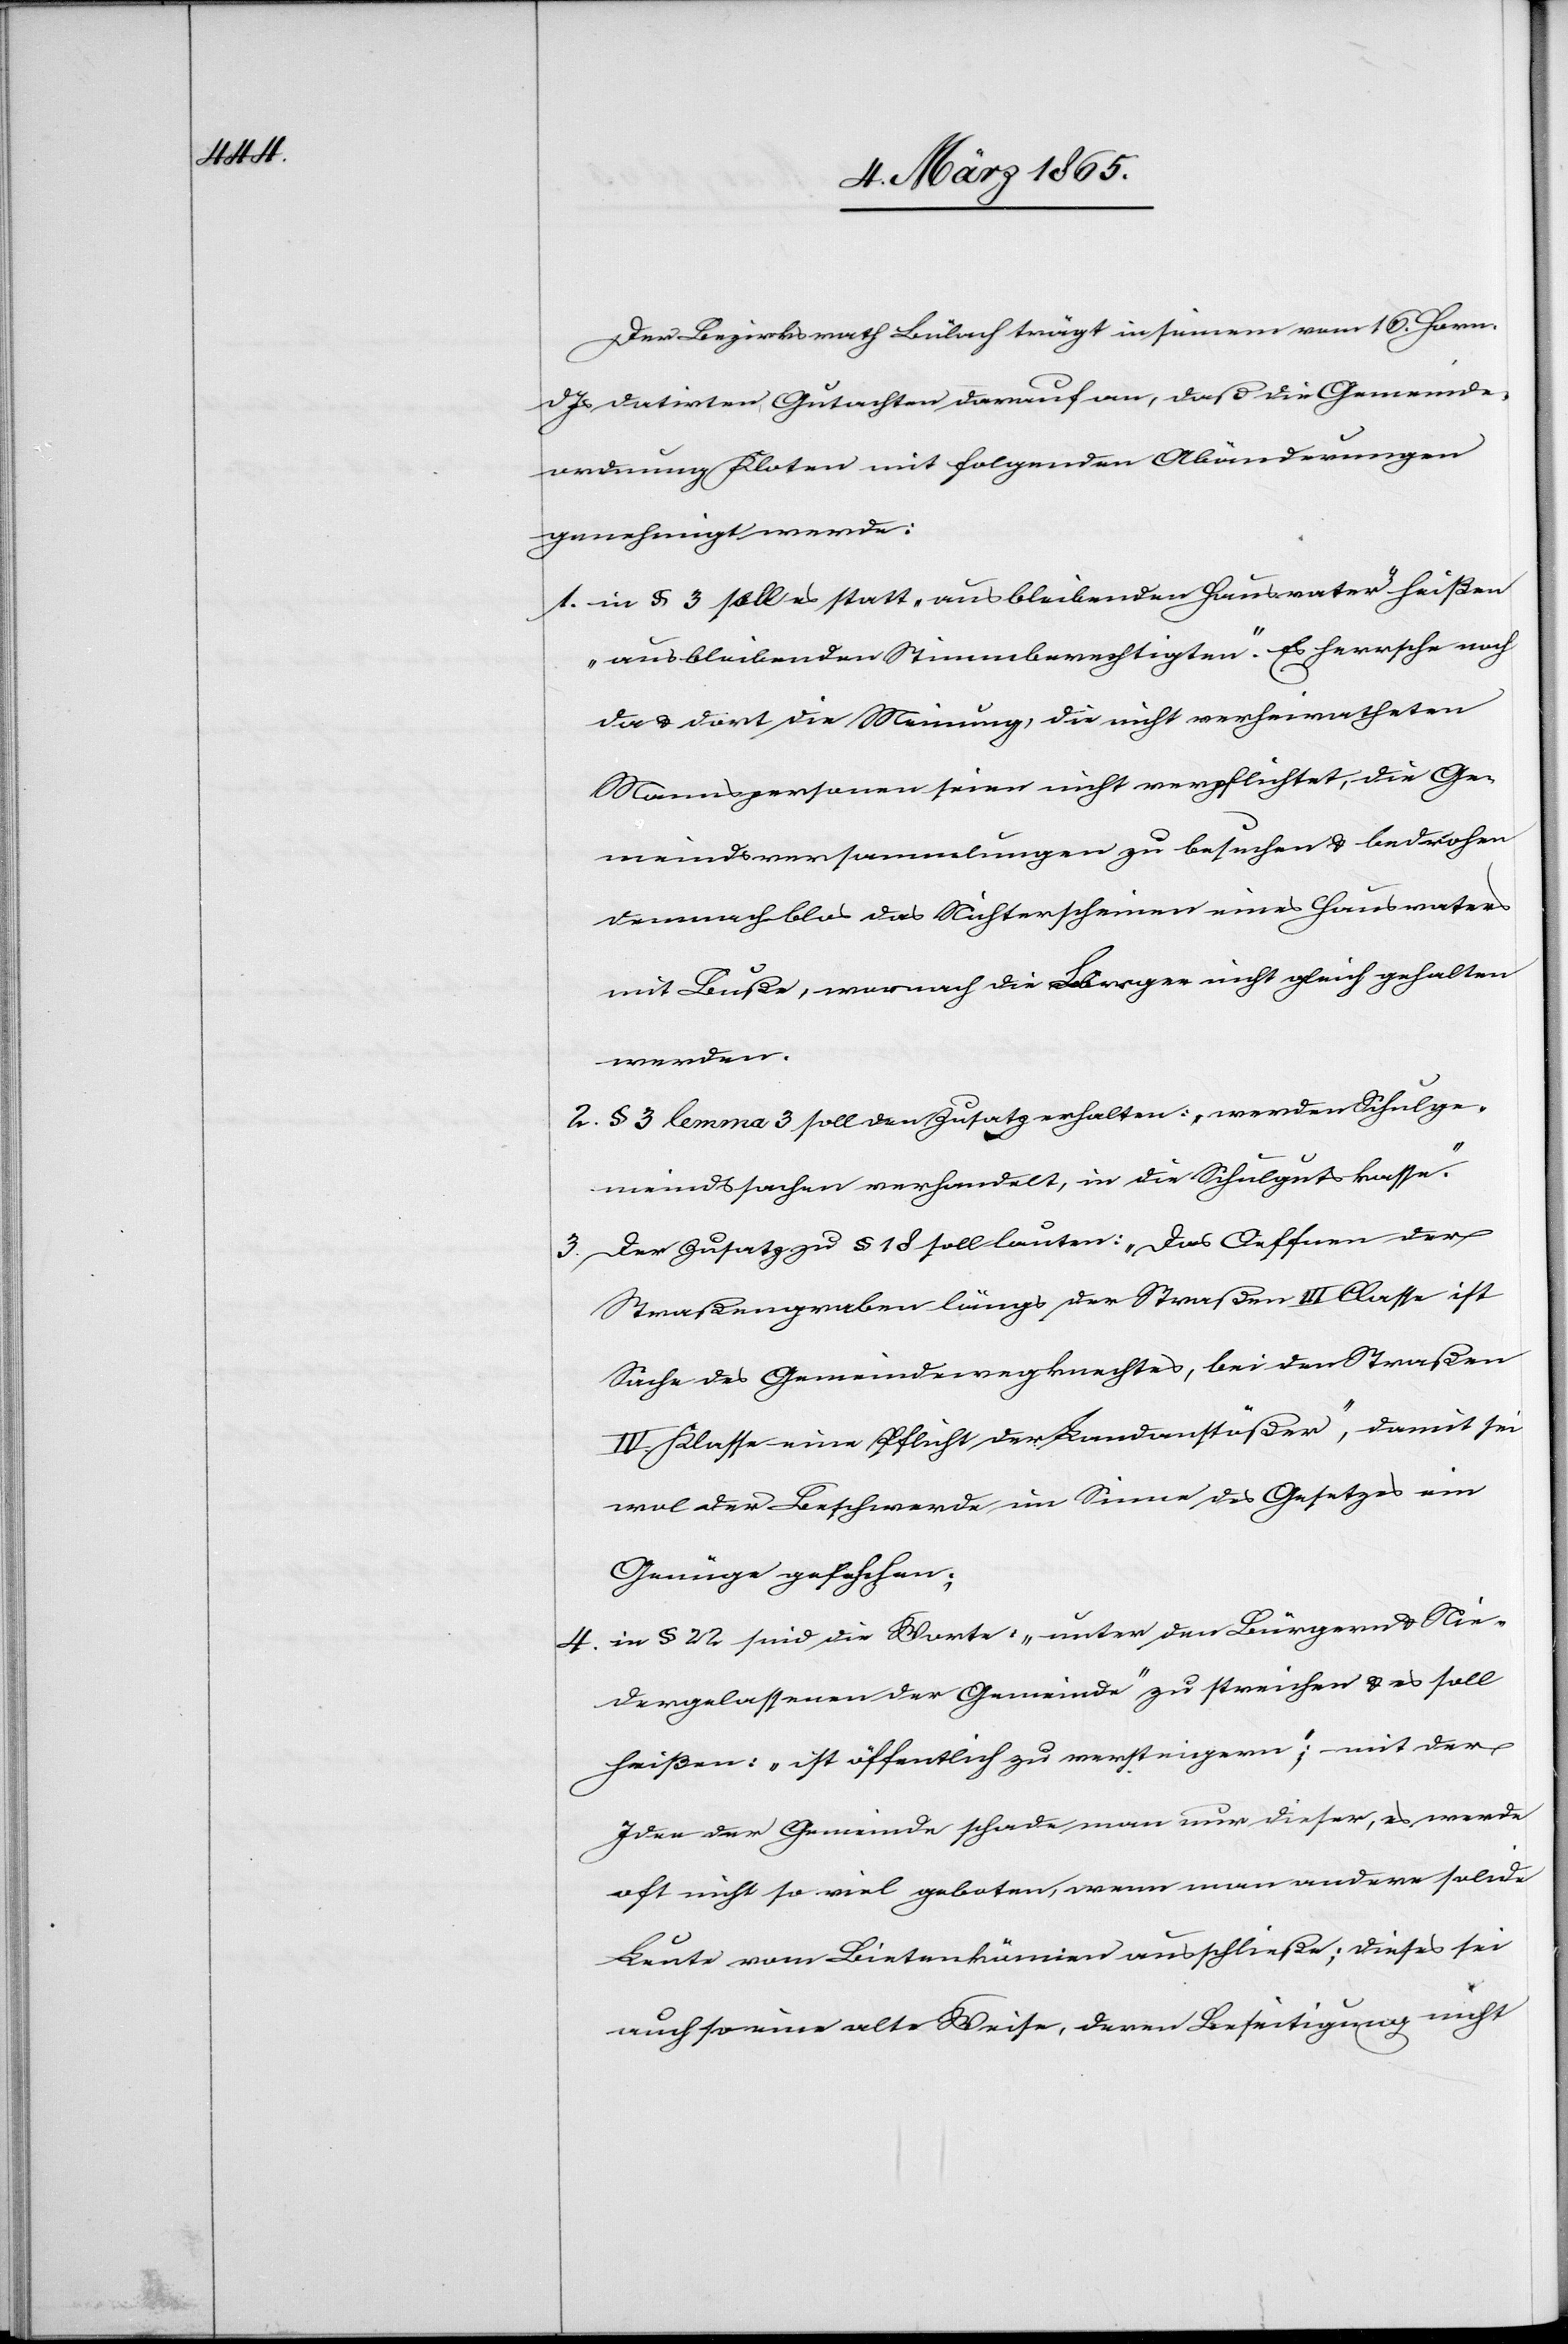
Der Bezirksrath Bülach trägt in seinem vom 16 Horn.
Js datirten Gutachten darauf an, daß die Gemeinde¬
ordnung Kloten mit folgenden Abänderungen
genehmigt werde:
1. in § 3 soll es statt „ausbleibenden Hausvater“ heißen
„ausbleibenden Stimmberechtigten“. Es herrsche noch
da u. dort die Meinung, die nicht verheiratheten
Mannespersonen seien nicht verpflichtet, die Ge¬
meindsversammlungen zu besuchen u. bedrohen
demnach blos das Nichterscheinen eines Hausvaters
mit Buße, wornach die Bürger nicht gleich gehalten
werden.
2. § 3 lemma 3 soll den Zusatz erhalten: „werden Schulge¬
meindssachen verhandelt, in die Schulgutskasse.“
3. Der Zusatz zu § 18 soll lauten: „Das Oeffnen der
Straßengraben längs der Straßen III Classe ist
Sache des Gemeindewegknechtes, bei den Straßen
IV. Klasse eine Pflicht der Landanstößer“, damit sei
wol der Beschwerde im Sinne des Gesetzes ein
Genüge geschehen;
4. in § 22 sind die Worte: „unter den Bürgern u. Nie¬
dergelassenen der Gemeinde“ zu streichen u. es soll
heißen: „ist öffentlich zu versteigern“; mit der
Idee der Gemeinde schade man nur dieser, es werde
oft nicht so viel geboten, wenn man andere solide
Leute vom Bieten können ausschließe; dieses sei
auch so eine alte Weise, deren Beseitigung nicht